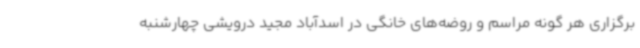
برگزاری هر گونه مراسم و روضه‌های خانگی در اسدآباد مجید درویشی چهارشنبه